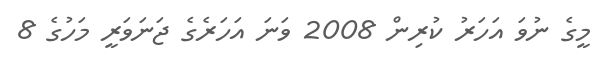
މީގެ ނުވަ އަހަރު ކުރިން 2008 ވަނަ އަހަރެގެ ޖަނަވަރީ މަހުގެ 8